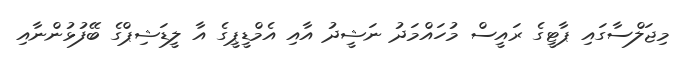
މިޖަލްސާގައި ޕާޓީގެ ރައީސް މުހައްމަދު ނަޝީދު އާއި އެމްޑީޕީގެ އާ ލީޑަޝިޕްގެ ބޭފުޅުންނާއި